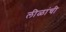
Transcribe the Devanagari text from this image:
लीळांची